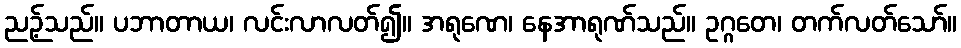
ညဉ့်သည်။ ပဘာတာယ၊ လင်းလာလတ်၍။ အရုဏေ၊ နေအာရုဏ်သည်။ ဥဂ္ဂတေ၊ တက်လတ်သော်။